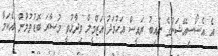
އެ އެސޯސިއޭޝަނުގެ ނައިބު ރައީސް އަހުމަދު އަޒްމީލް ވިދާޅުވީ މުސާރަ ބޮޑުވުމުން އެކަމާ